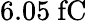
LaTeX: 6.05~\mathrm{fC}